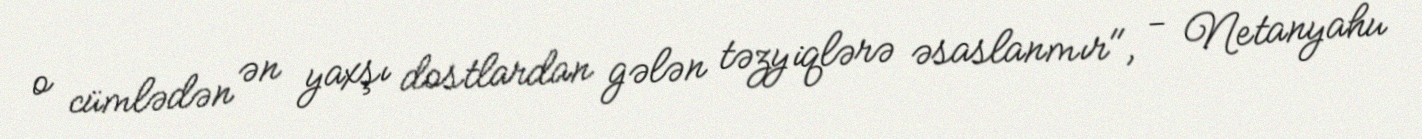
o cümlədən ən yaxşı dostlardan gələn təzyiqlərə əsaslanmır", - Netanyahu